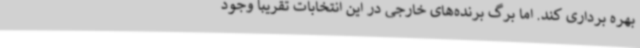
بهره برداری کند. اما برگ برنده‌های خارجی در این انتخابات تقریباً وجود